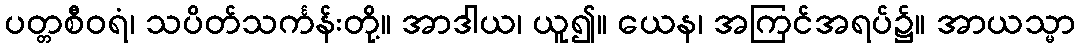
ပတ္တစီဝရံ၊ သပိတ်သင်္ကန်းတို့။ အာဒါယ၊ ယူ၍။ ယေန၊ အကြင်အရပ်၌။ အာယသ္မာ